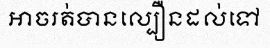
អាចរត់បានល្បឿនដល់ទៅ